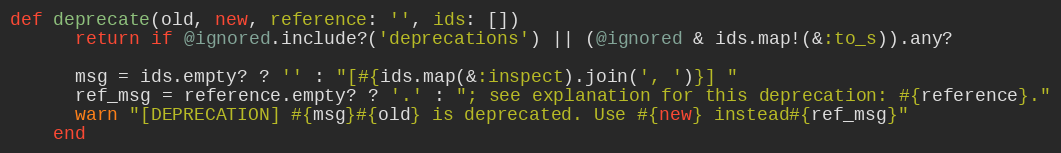
Language: Ruby
def deprecate(old, new, reference: '', ids: [])
      return if @ignored.include?('deprecations') || (@ignored & ids.map!(&:to_s)).any?

      msg = ids.empty? ? '' : "[#{ids.map(&:inspect).join(', ')}] "
      ref_msg = reference.empty? ? '.' : "; see explanation for this deprecation: #{reference}."
      warn "[DEPRECATION] #{msg}#{old} is deprecated. Use #{new} instead#{ref_msg}"
    end